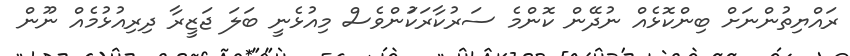
ރައްޔިތުންނަށް ބިންކޮޅެއް ނުދޭން ކޮންމެ ސަރުކާރަކަުންވެސް މިއުޅެނީ ބަލަ ޖަޒީރާ ދިރިއުޅުމެއް ނޫން